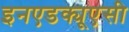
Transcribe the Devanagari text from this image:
इनएडक्यूएसी